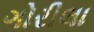
ગોરીલા